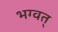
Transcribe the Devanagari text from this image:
भग्वत्